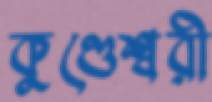
কুণ্ডেশ্বরী